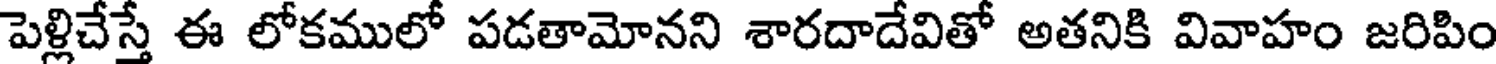
పెళ్లిచేస్తే ఈ లోకములో పడతామోనని శారదాదేవితో అతనికి వివాహం జరిపిం